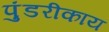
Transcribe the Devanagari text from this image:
पुंडरीकाय